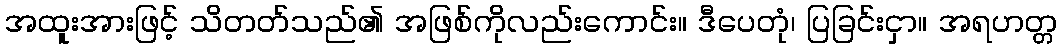
အထူးအားဖြင့် သိတတ်သည်၏ အဖြစ်ကိုလည်းကောင်း။ ဒီပေတုံ၊ ပြခြင်းငှာ။ အရဟတ္တ